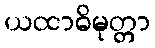
ယထာဓိမုတ္တာ